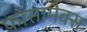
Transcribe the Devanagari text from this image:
फोसामैक्स